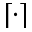
\lceil \cdot \rceil